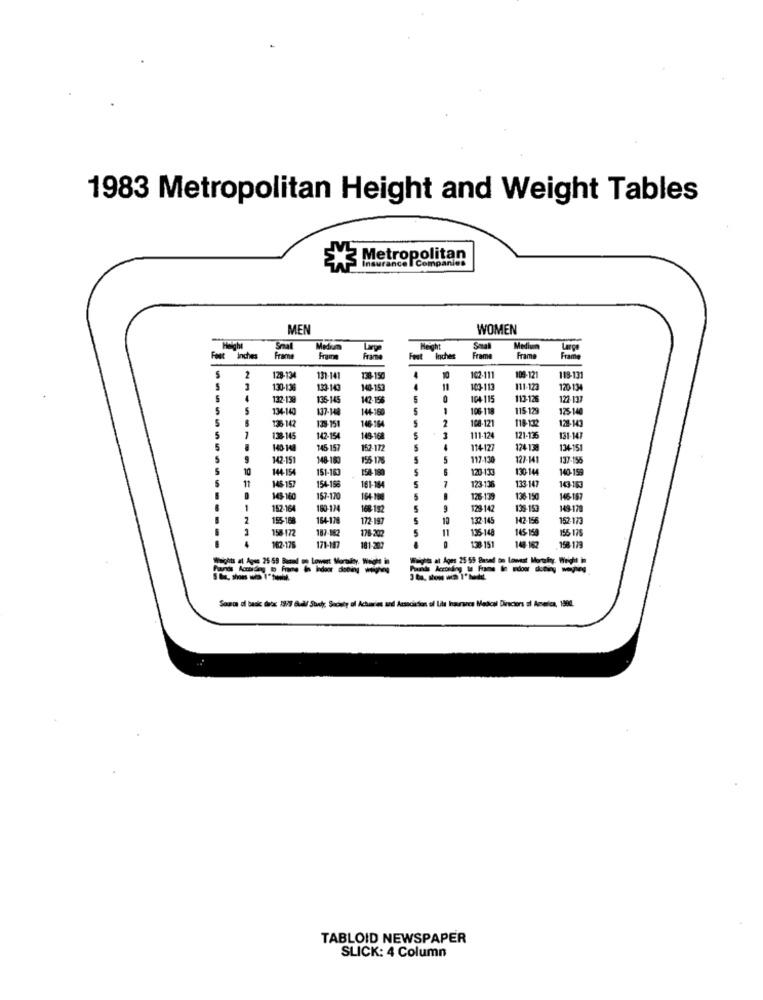
1983 Metropolitan Height and Weight Tables
Metropolitan
Insurance Companies
MEN
WOMEN
Small
Height
Sat
Medium
Large
Faut Inches
Frame
frame
frame
Inches
Frame
Frame
Frame
5
2
128-134
131-141
130-150
102-111
109-121
118-131
130-13
133-14
140-157
11
100-113
111-123
120-134
132-130
136-145
142-156
5
104-115
113-126
5
5
134-140
137-14
144-160
5
1
106-118
115 125
125-140
5
136 142
146-164
5
108-121
129-143
128-151
2
5
1
138-145
142-15
149-16
5
3
111-124
121-136
131-147
5
145 15
2-172
114-17
124-130
134-151
142-151
148-16
156-176
5
5
117-130
127-141
137-156
10
144-154
151-163
5
120 13
130-144
140-159
11
154-156
154-180
5
133-147
146-157
161-164
-
123-136
143-163
143-160
157-170
164- 10
126-139
136-19
146-187
1
152-164
160-124
168-192
5
9
129-142
139-153
149-179
2
155-188
164-178
172-197
12
132-145
142-156
152-173
1
158-172
187-182
178-202
11
135-148
145-158
156 175
182-175
171-147
18 1-20:
138- 151
148-162
158 179
Pounds According M Fu
Source of bask drx: 19/9 full/ Surly Society of Actuaries and Association of Lila Insurance Medical Directors of America, 1984.
TABLOID NEWSPAPER
SLICK: 4 Column